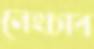
নেংচাব